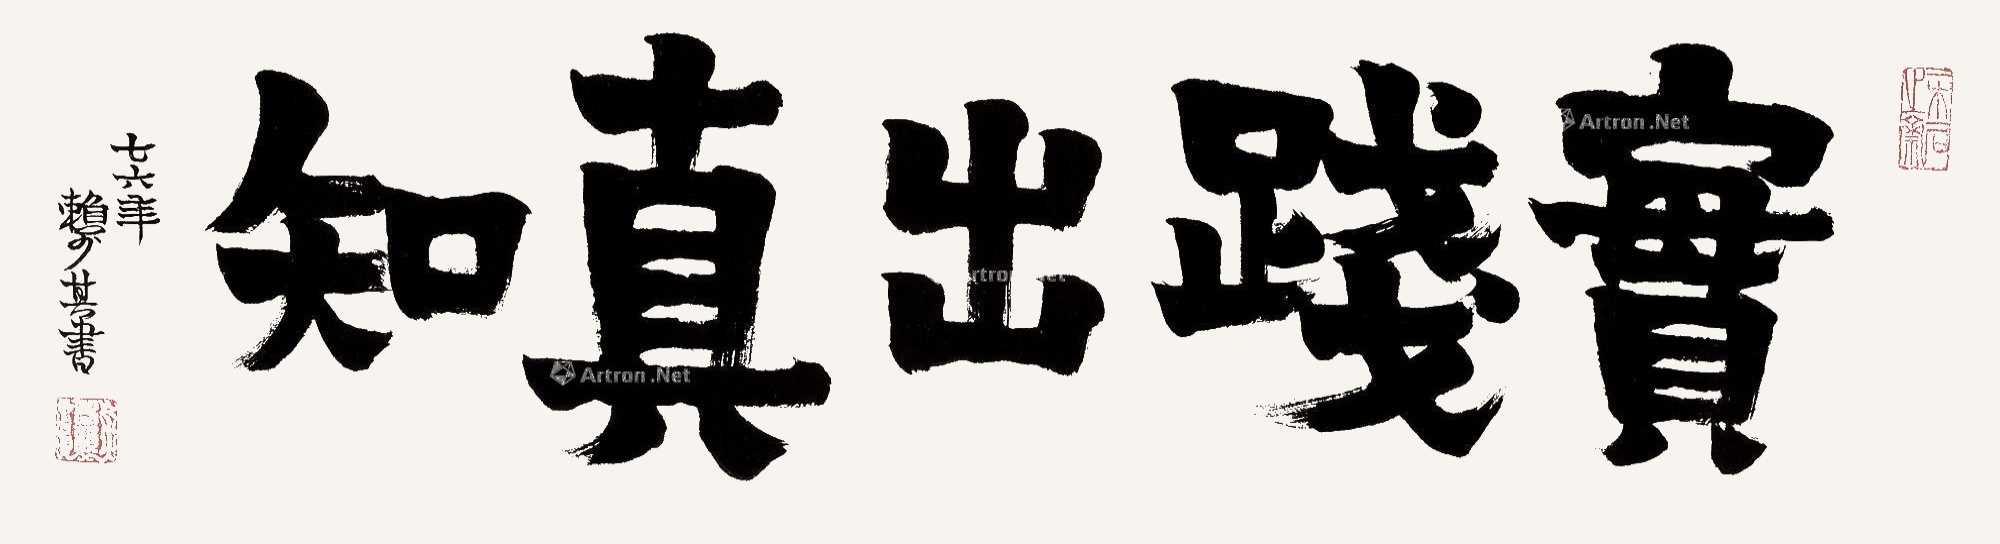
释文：实践出真知。七六年，赖少其书。